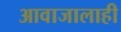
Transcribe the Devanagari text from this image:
आवाजालाही